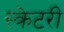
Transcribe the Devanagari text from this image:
स्क्रेटरी